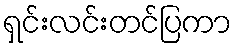
ရှင်းလင်းတင်ပြကာ